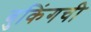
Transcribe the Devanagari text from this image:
बुकिंगची